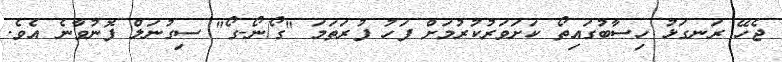
ޖެހޭ ރަނގަޅު ހިސާބުގައިތޯ ކަށަވަރުކުރުމަށް ފަހު ފުރަތަމަ "ގޯ/ނޯ-ގޯ" ސިގުނަލް ފޮނުވާނެ އެވެ.